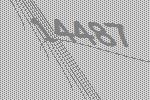
14487